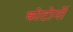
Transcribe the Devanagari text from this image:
कोटोनों